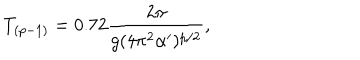
T _ { ( p - 1 ) } = 0 . 7 2 \frac { 2 \pi } { g ( 4 \pi ^ { 2 } \alpha ^ { \prime } ) ^ { p / 2 } } ,